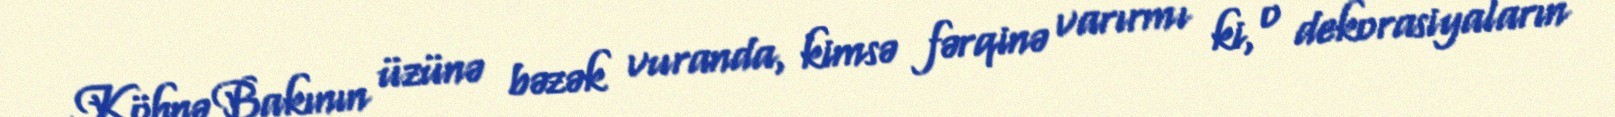
Köhnə Bakının üzünə bəzək vuranda, kimsə fərqinə varırmı ki, o dekorasiyaların